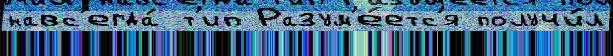
навс'егда́ т'ип Разум'е́етс'я получи́л